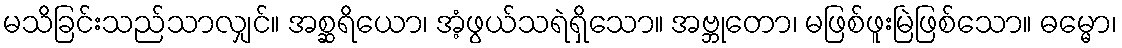
မသိခြင်းသည်သာလျှင်။ အစ္ဆရိယော၊ အံ့ဖွယ်သရဲရှိသော။ အဗ္ဘုတော၊ မဖြစ်ဖူးမြဲဖြစ်သော။ ဓမ္မော၊